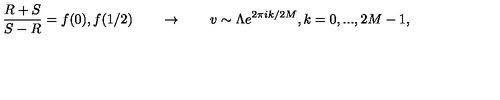
{ \frac { R + S } { S - R } } = f ( 0 ) , f ( 1 / 2 ) \qquad \rightarrow \qquad v \sim \Lambda e ^ { 2 \pi i k / 2 M } , k = 0 , . . . , 2 M - 1 ,